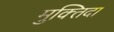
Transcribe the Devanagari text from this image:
मुक्‍तिदा